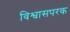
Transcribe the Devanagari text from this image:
विश्वासपरक